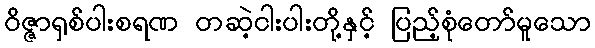
ဝိဇ္ဇာရှစ်ပါးစရဏ တဆဲ့ငါးပါးတို့နှင့် ပြည့်စုံတော်မူသော